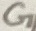
Text: G